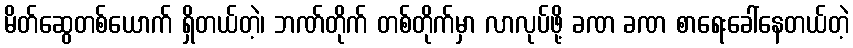
မိတ်ဆွေတစ်ယောက် ရှိတယ်တဲ့၊ ဘဏ်တိုက် တစ်တိုက်မှာ လာလုပ်ဖို့ ခဏ ခဏ စာရေးခေါ်နေတယ်တဲ့